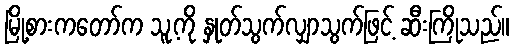
မြို့စားကတော်က သူ့ကို နှုတ်သွက်လျှာသွက်ဖြင့် ဆီးကြိုသည်။